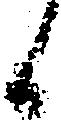
候